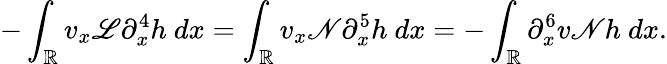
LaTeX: -\int_{\mathbb R}v_{x}\mathscr{L}\partial_{x}^{4}h\ dx=\int_{\mathbb R}v_{x}\mathscr{N}\partial_{x}^{5}h\ dx=-\int_{\mathbb R}\partial_{x}^{6}v\mathscr{N}h\ dx.